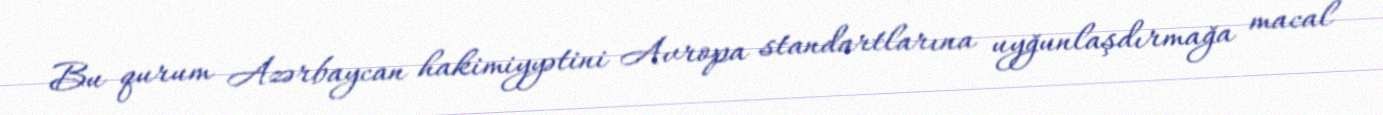
Bu qurum Azərbaycan hakimiyyətini Avropa standartlarına uyğunlaşdırmağa macal